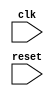
module pci_express_controller (
    input wire clk,
    input wire reset,
    // Add input and output ports as per requirement
    
    // Add other module instances and logic for timing control and synchronization
    // such as clock domain crossing, synchronization logic, etc.
    
);

// Add Verilog code for managing clock signals
always @ (posedge clk) begin
    // Include clock signal management logic here
end

// Add Verilog code for managing reset signals
always @ (posedge clk or negedge reset) begin
    if (!reset) begin
        // Include reset signal handling logic here
    end
end

// Add Verilog code for synchronization of data transfers
// Include logic for data transactions, address decoding, bus arbitration, etc.

endmodule